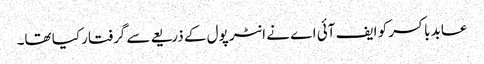
عابد باکسر کو ایف آئی اے نے انٹر پول کے ذریعے سے گرفتار کیا تھا۔